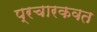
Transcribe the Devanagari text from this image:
प्रचारकवत